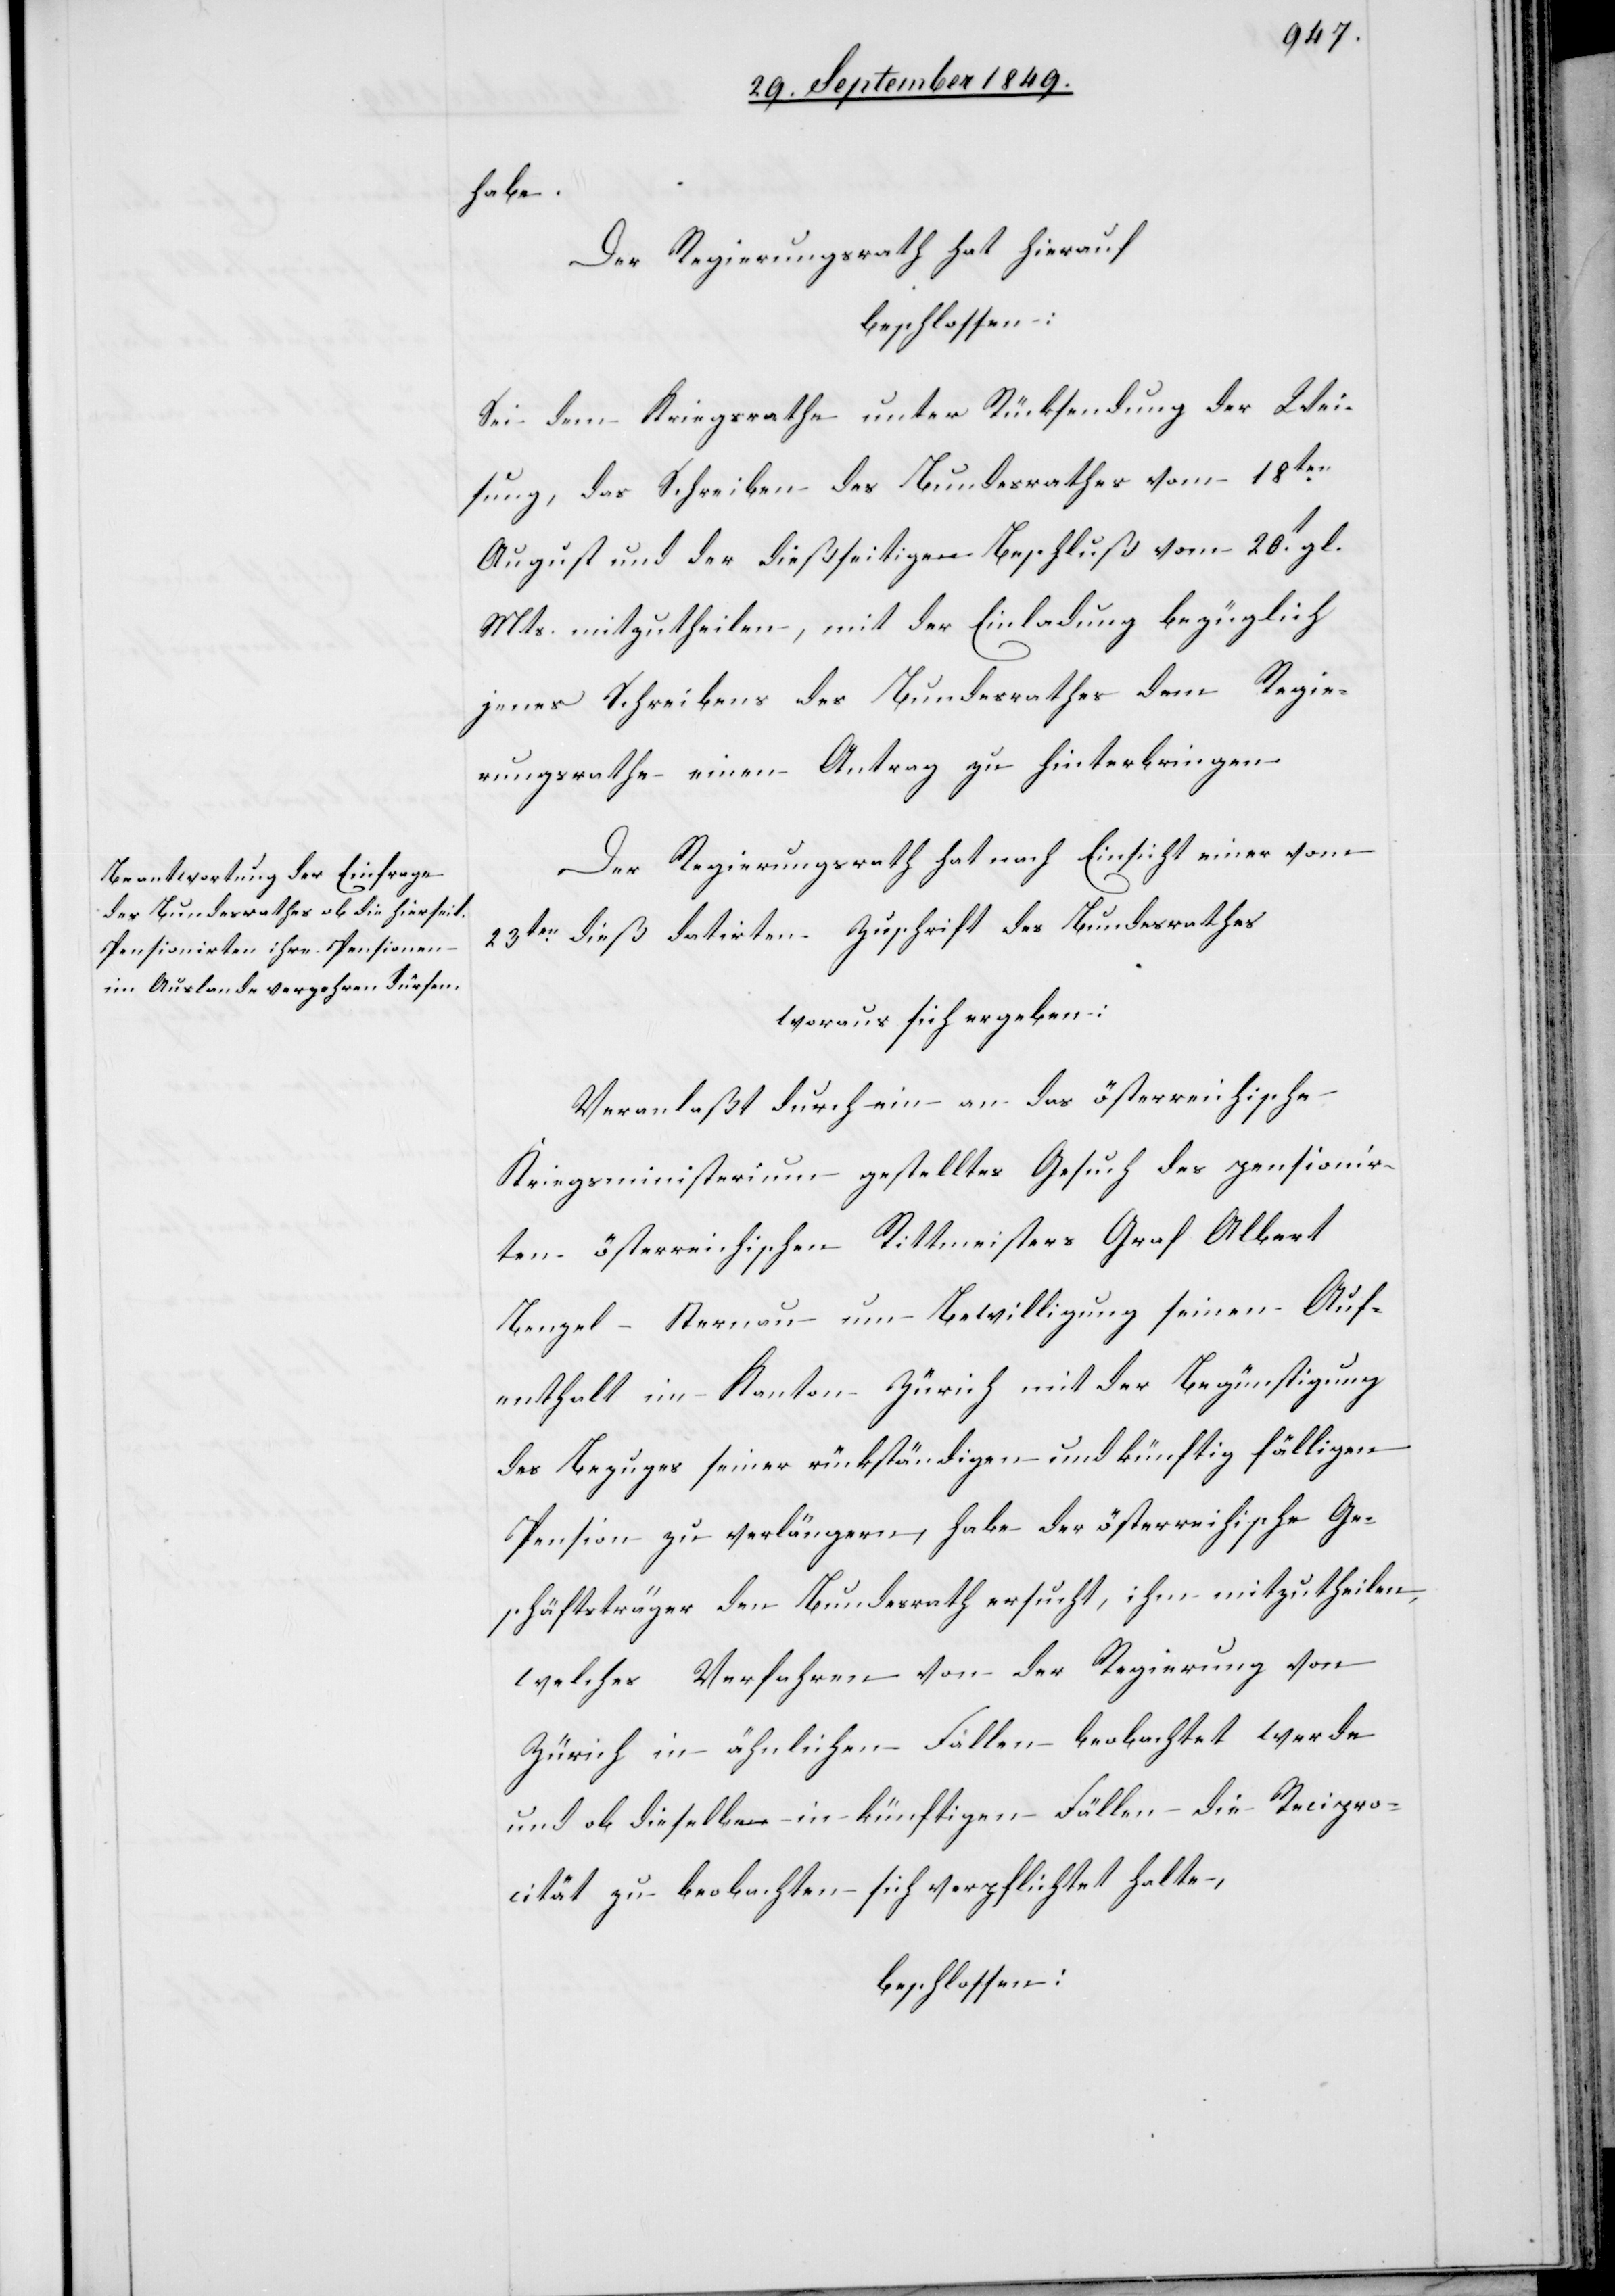
habe.
Der Regierungsrath hat hierauf
beschlossen:
Sei dem Kriegsrathe unter Rücksendung der Wei¬
sung, das Schreiben des Bundesrathes vom 18ten
August und der dießseitige Beschluß vom 20t gl.
Mts. mitzutheilen, mit der Einladung bezüglich
jenes Schreiben des Bundesrathes dem Regie¬
rungsrathe einen Antrag zu hinterbringen.
Der Regierungsrath hat nach Einsicht einer vom
23ten dieß datirten Zuschrift des Bundesrathes
woraus sich ergeben:
Veranlaßt durch ein an das österreichische
Kriegsministerium gestelltes Gesuch des pensionir¬
ten österreichischen Rittmeisters Graf Albert
Bengel-Sternau um Bewilligung seinen Auf¬
enthalt im Kanton Zürich mit der Begünstigung
des Bezuges seiner rückständigen und künftig fälligen
Pension verlängern, habe der österreichische Ge¬
schäftsträger den Bundesrath ersucht, ihm mitzutheilen,
welches Verfahren von der Regierung von
Zürich in ähnliche Fällen beobachtet werde
und ob dieselbe in künftigen Fällen die Recipro¬
cität zu beobachten sich verpflichtet halte,
beschlossen: